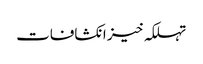
تہلکہ خیز انکشافات